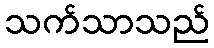
သက်သာသည်